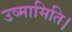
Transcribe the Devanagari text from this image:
उष्मामिति।